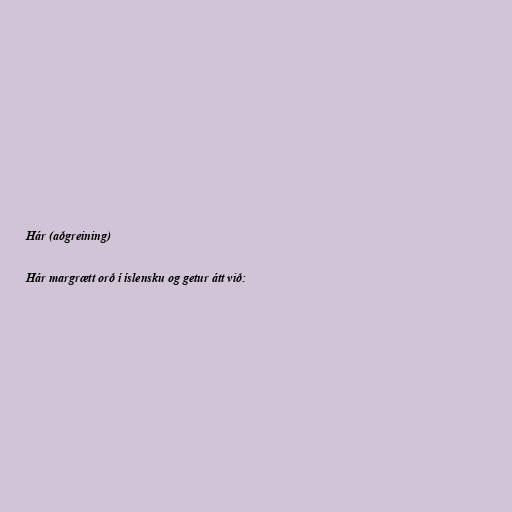
Hár (aðgreining)

Hár margrætt orð í íslensku og getur átt við: